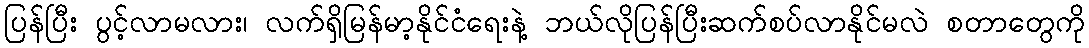
ပြန်ပြီး ပွင့်လာမလား၊ လက်ရှိမြန်မာ့နိုင်ငံရေးနဲ့ ဘယ်လိုပြန်ပြီးဆက်စပ်လာနိုင်မလဲ စတာတွေကို